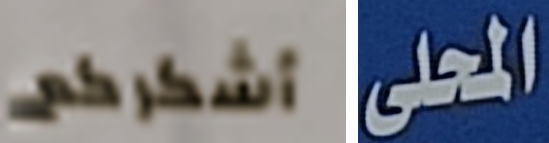
أشكركم المحلى